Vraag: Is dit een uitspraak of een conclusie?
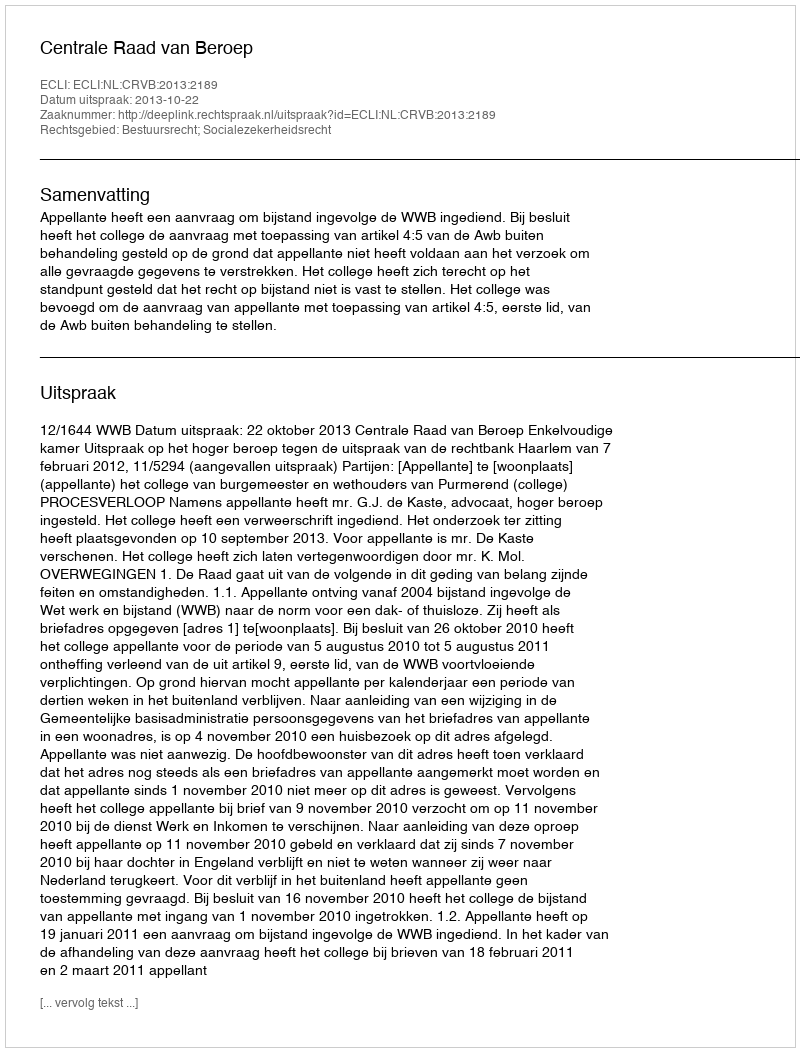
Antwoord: Uitspraak